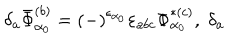
LaTeX: \delta _ { a } \bar { \Phi } _ { \alpha _ { 0 } } ^ { ( b ) } = \left( - \right) ^ { \epsilon _ { \alpha _ { 0 } } } \varepsilon _ { a b c } \Phi _ { \alpha _ { 0 } } ^ { * ( c ) } , \; \delta _ { a }